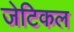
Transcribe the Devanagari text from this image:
जेटिकल